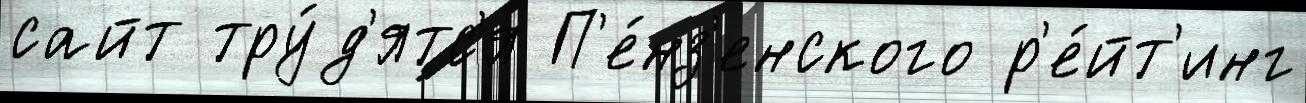
сайт тру́д'ятс'я П'е́нз'енского р'е́йт'инг